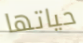
حياتها